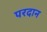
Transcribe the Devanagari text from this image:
परदान